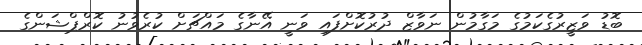
ބޮޑު ވަޒީރުގެކަމުގެ މަގާމުން ނަވާޒް ދުރުކޮށްފައި ވަނީ އޭނާގެ މައްޗަށް ކުރެވުނު ކޮރްޕްޝަންގެ